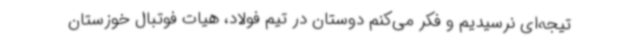
تیجه‌ای نرسیدیم و فکر می‌کنم دوستان در تیم فولاد، هیات فوتبال خوزستان